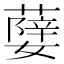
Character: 𦾨